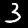
Label: 3